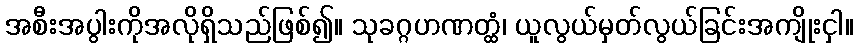
အစီးအပွါးကိုအလိုရှိသည်ဖြစ်၍။ သုခဂ္ဂဟဏတ္ထံ၊ ယူလွယ်မှတ်လွယ်ခြင်းအကျိုးငှါ။